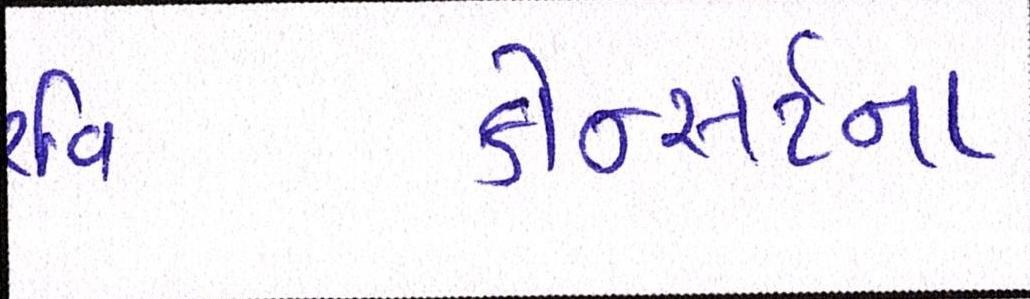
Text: કોન્સર્ટના